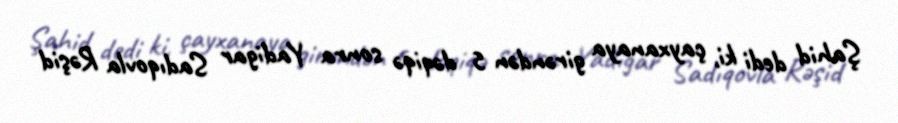
Şahid dedi ki, çayxanaya girəndən 5 dəqiqə sonra Yadigar Sadıqovla Rəşid